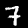
Label: 7